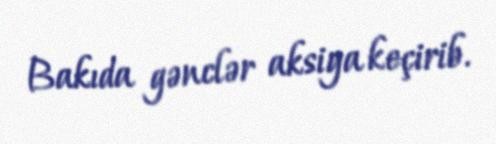
Bakıda gənclər aksiya keçirib.